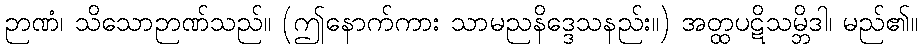
ဉာဏံ၊ သိသောဉာဏ်သည်။ (ဤနောက်ကား သာမညနိဒ္ဒေသနည်း။) အတ္ထပဋိသမ္ဘိဒါ၊ မည်၏။